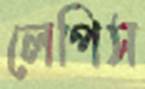
লেপিস